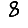
Digit: 8